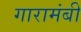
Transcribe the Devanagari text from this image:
गारामंबी